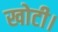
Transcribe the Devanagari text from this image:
खोटी।